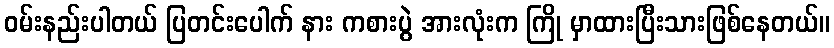
ဝမ်းနည်းပါတယ် ပြတင်းပေါက် နား ကစားပွဲ အားလုံးက ကြို မှာထားပြီးသားဖြစ်နေတယ်။